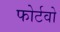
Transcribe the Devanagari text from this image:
फोर्टवो